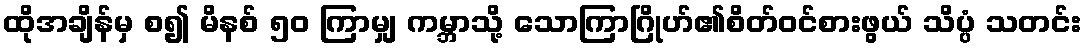
ထိုအချိန်မှ စ၍ မိနစ် ၅၀ ကြာမျှ ကမ္ဘာသို့ သောကြာဂြိုဟ်၏စိတ်ဝင်စားဖွယ် သိပ္ပံ သတင်း